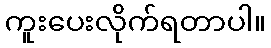
ကူးပေးလိုက်ရတာပါ။